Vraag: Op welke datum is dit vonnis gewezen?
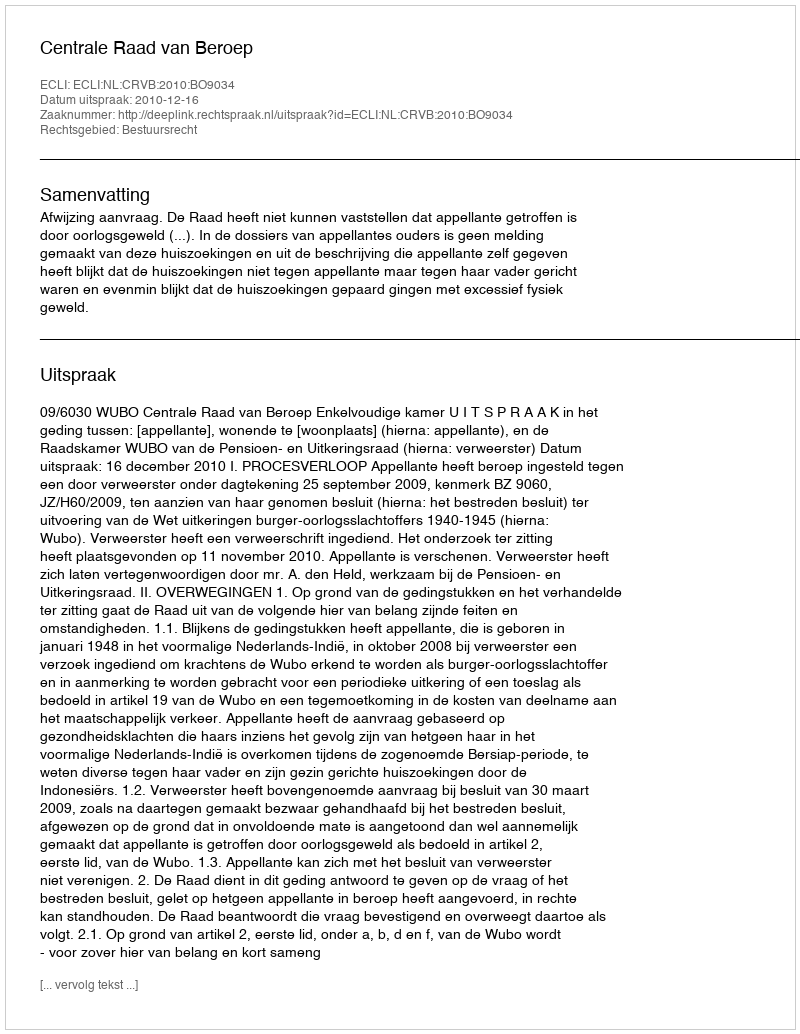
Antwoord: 2010-12-16